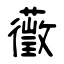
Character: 藢